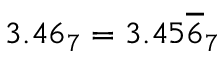
3 . 4 6 _ { 7 } = 3 . 4 5 { \overline { { 6 } } } _ { 7 }